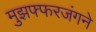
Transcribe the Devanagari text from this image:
मुझफ्फरजंगने